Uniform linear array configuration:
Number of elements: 48
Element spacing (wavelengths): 0.5
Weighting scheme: binomial
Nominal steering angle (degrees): -15
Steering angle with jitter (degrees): -16.59
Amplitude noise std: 0.05
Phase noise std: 0.05

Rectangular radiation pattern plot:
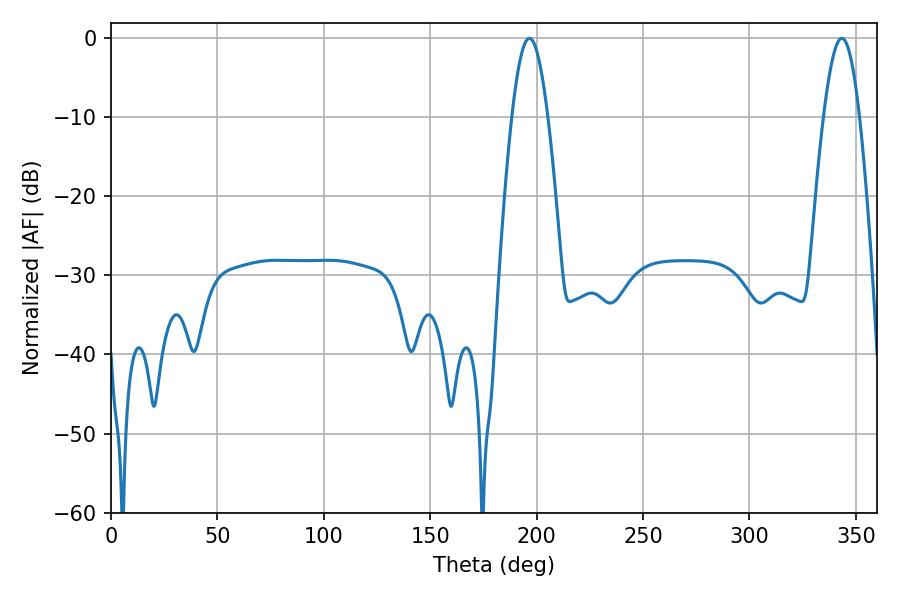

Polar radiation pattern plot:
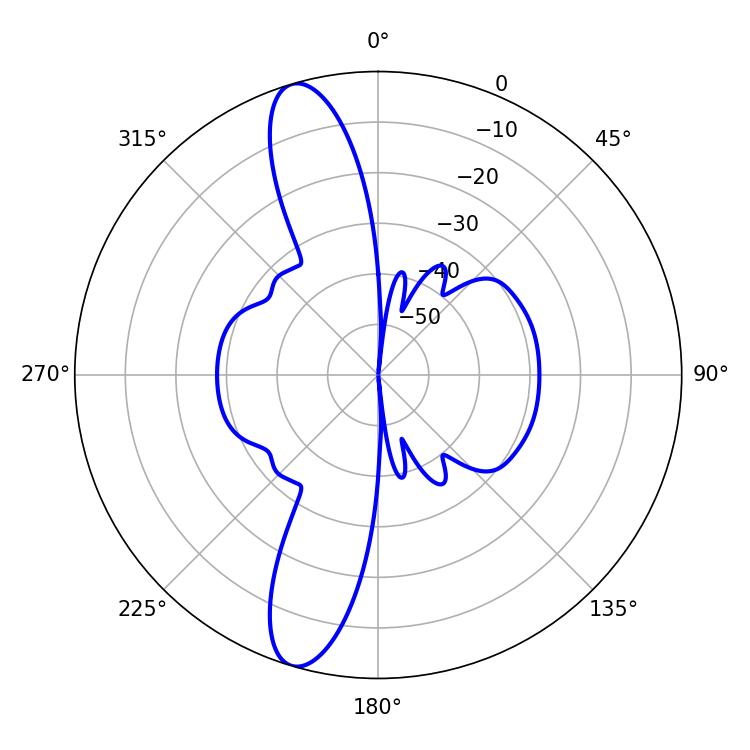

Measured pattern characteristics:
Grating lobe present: FALSE
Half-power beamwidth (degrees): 9.18
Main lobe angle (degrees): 196.56